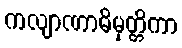
ကလျာဏာဓိမုတ္တိကာ